Vaccination United Provinces of Agra and Oudh 1914-1922 - 1914-1922
Year: 1914
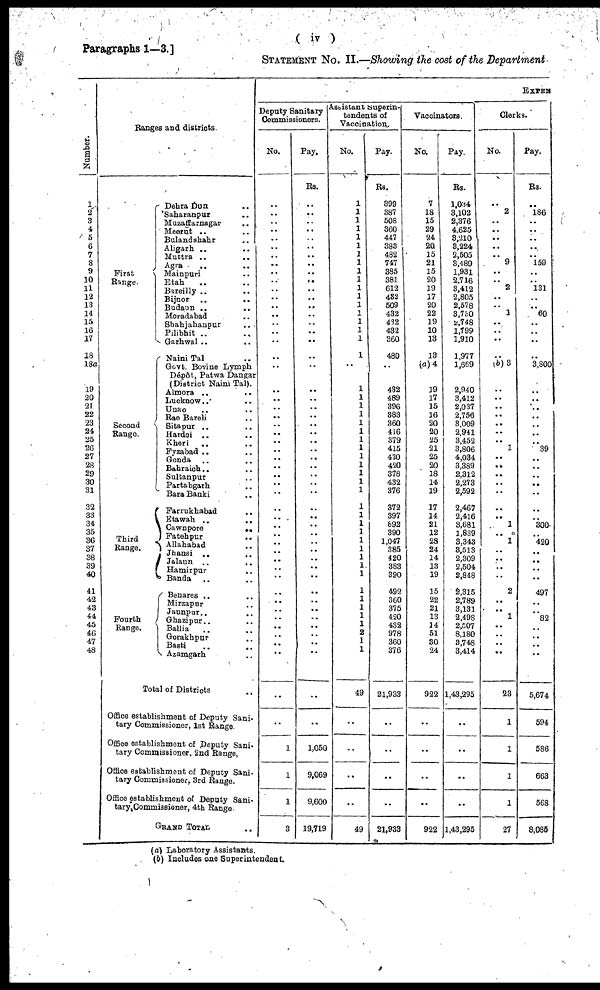
( iv )
Paragraphs 1—3.]
STATEMENT No. II.—Showing the cost of the Department
Number.
1
2
3
4
5
6
7
8
9
10
11
12
13
14
15
16
17
18
18a
19
20
21
22
23
24
25
26
27
28
29
30
31
32
33
34
35
36
37
38
39
40
41
42
43
44
45
46
47
48
Ranges and districts.
First
Range.
Second
Range.
Third
Range.
Fourth
Range.
Dehra Dun ..
Saharanpur ..
Muzaffarnagar ..
Meerut .. ..
Bulandshahr ..
Aligarh .. ..
Muttra .. ..
Agra .. ..
Mainpuri .. ..
Etah .. ..
Bareilly .. ..
Bijnor .. ..
Budaun .. ..
Moradabad ..
Shahjahanpur ..
Pilibhit .. ..
Garhwal .. ..
Naini Tal ..
Govt. Bovine Lymph
Dépôt, Patwa Dangar
(District Naini Tal).
Almora .. ..
Lucknow .. ..
Unao .. ..
Rae Bareli ..
Sitapur .. ..
Hardoi .. ..
Kheri .. ..
Fyzabad .. ..
Gonda .. ..
Bahraich .. ..
Sultanpur ..
Partabgarh ..
Bara Banki ..
Farrukhabad ..
Etawah .. ..
Cawnpore ..
Fatehpur ..
Allahabad ..
Jhansi .. ..
Jalaun .. ..
Hamirpur ..
Banda .. ..
Benares .. ..
Mirzapur ..
Jaunpur .. ..
Ghazipur .. ..
Ballia .. ..
Gorakhpur ..
Basti .. ..
Azamgarh ..
Total of Districts ..
Office establishment of Deputy Sani-
tary Commissioner, 1st Range.
Office establishment of Deputy Sani¬
tary Commissioner, 2nd Range,
Office establishment of Deputy Sani-
tary Commissioner, 3rd Range.
Office establishment of Deputy Sani¬
tary, Commissioner, 4th Range.
GRAND TOTAL ..
EXPEN
Deputy Sanitary
Commissioners.
No.
..
..
..
..
..
..
..
..
..
..
..
..
..
..
..
..
..
..
..
..
..
..
..
..
..
..
..
..
..
..
..
..
..
..
..
..
..
..
..
..
..
..
..
..
..
..
..
..
..
..
..
1
1
1
3
Pay.
Rs.
..
..
..
..
..
..
..
..
..
..
..
..
..
..
..
..
..
..
..
..
..
..
..
..
..
..
..
...
..
..
..
..
..
..
..
..
..
..
..
..
..
..
..
..
..
..
..
..
..
..
..
1,050
9,069
9,600
19,719
Assistant Superin¬
tendents of
Vaccination.
No.
1
1
1
1
1
1
1
1
1
1
1
1
1
1
1
1
1
1
..
1
1
1
1
1
1
1
1
1
1
1
1
1
1
1
1
1
1
1
1
1
1
1
1
1
1
1
2
1
1
49
..
..
..
..
49
Pay.
Rs.
399
387
508
360
447
383
482
747
385
381
612
432
509
432
432
432
360
480
..
432
489
396
383
360
416
379
415
420
420
378
432
376
372
397
892
390
1,047
385
420
383
390
492
360
375
420
432
978
360
376
21,933
..
..
..
..
21,933
Vaccinators.
No.
7
18
15
29
24
20
15
21
15
20
19
17
20
22
19
10
13
13
(a) 4
19
17
15
16
20
20
25
21
25
20
18
14
19
17
14
21
12
28
24
14
13
19
15
22
21
13
14
51
30
24
922
..
..
..
..
922
Pay.
Rs.
1,034
3,102
2,376
4.625
3,210
3,224
2,505
3,489
1,931
2.716
3,412
2,805
2,578
3,730
2,748
1,799
1,910
1,977
1,669
2,940
3,412
2,037
2,756
3,009
2,941
3,452
3,806
4,034
3,389
2,312
2,273
2,592
2,467
2,416
3,681
1,839
3,343
3,513
2,309
2,504
2,848
2,315
2,789
3,131
2,498
2,507
8,180
3,748
3,414
1,43,295
..
..
..
..
1,43,295
Clerks.
No.
..
2
..
..
..
..
..
9
..
..
2
..
..
1
..
..
..
..
(b) 3
..
..
..
..
..
..
..
1
..
..
..
..
..
..
..
1
..
1
..
..
..
..
2
..
..
1
..
..
..
..
23
1
1
1
1
27
Pay.
Rs.
..
186
..
..
..
..
..
159
..
..
131
..
..
60
..
..
..
..
3,800
..
..
..
..
..
..
..
39
..
..
..
..
..
..
..
300
..
420
..
..
..
..
497
..
..
82
..
..
..
..
5,674
594
586
663
568
8,085
(a) Laboratory Assistants.
(b) Includes one Superintendent.